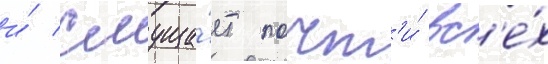
и́ смуща́ет почт'и́ вс'е́х